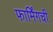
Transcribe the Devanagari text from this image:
फार्मिंगची